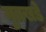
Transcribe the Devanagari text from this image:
मुतखडे